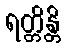
ရတ္တိန္တိ